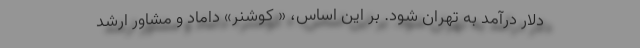
دلار درآمد به تهران شود. بر این اساس، « کوشنر» داماد و مشاور ارشد